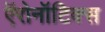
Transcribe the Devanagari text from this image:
ऍरोनॉटिक्स